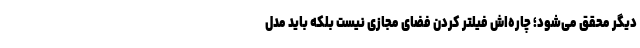
دیگر محقق می‌شود؛ چاره‌اش فیلتر کردن فضای مجازی نیست بلکه باید مدل